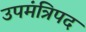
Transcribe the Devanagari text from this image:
उपमंत्रिपद